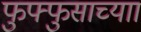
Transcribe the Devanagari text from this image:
फुफ्फुसाच्याा